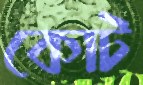
কোট